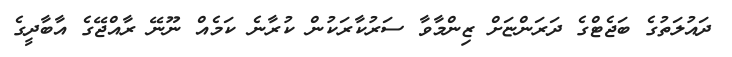
ދައުލަތުގެ ބަޖެޓްގެ ދަރަންޏަށް ޒިންމާވާ ސަރުކާރަކުން ކުރާނެ ކަމެއް ނޫނޭ ރާއްޖޭގެ އާބާދީގެ